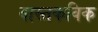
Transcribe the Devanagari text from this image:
वास्तकविक